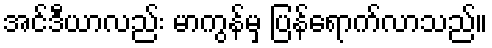
အင်ဒီယာလည်း မာကွန်မှ ပြန်ရောက်လာသည်။